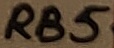
Text: RB5